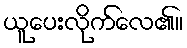
ယူပေးလိုက်လေ၏။